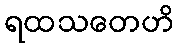
ရထသတေဟိ